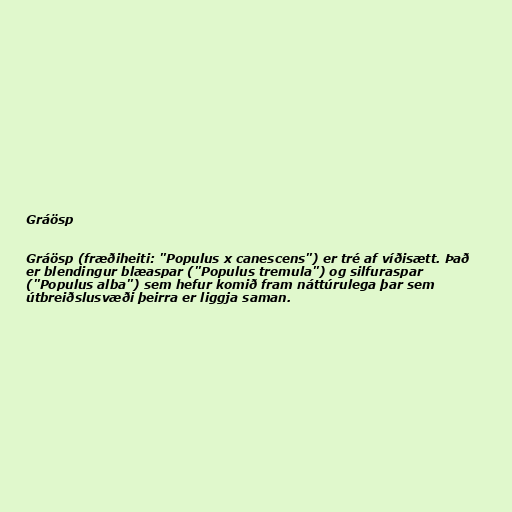
Gráösp

Gráösp (fræðiheiti: "Populus x canescens") er tré af víðisætt. Það
er blendingur blæaspar ("Populus tremula") og silfuraspar
("Populus alba") sem hefur komið fram náttúrulega þar sem
útbreiðslusvæði þeirra er liggja saman.